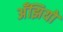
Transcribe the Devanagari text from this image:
अँझियो